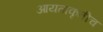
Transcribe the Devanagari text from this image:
आयताकृतीच